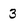
Character: 3